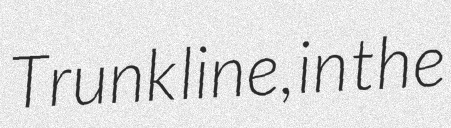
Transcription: Trunk line, in the